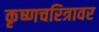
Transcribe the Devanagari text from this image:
कृष्णचरित्रावर